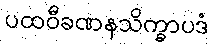
ပထဝီခဏနသိက္ခာပဒံ